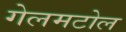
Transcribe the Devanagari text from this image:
गेलमटोल